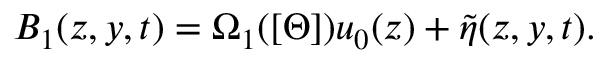
B _ { 1 } ( z , y , t ) = \Omega _ { 1 } ( [ \Theta ] ) u _ { 0 } ( z ) + \tilde { \eta } ( z , y , t ) .